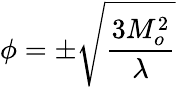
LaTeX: \phi=\pm{\sqrt{{\frac{3M_{o}^{2}}{\lambda}}}}